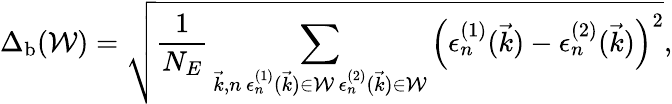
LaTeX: \Delta_{\mathrm{b}}(\mathcal{W})=\sqrt{\frac{1}{N_{E}}\sum_{\substack{\vec{k},n\, \epsilon_{n}^{(1)}(\vec{k})\in\mathcal{W}\, \epsilon_{n}^{(2)}(\vec{k})\in\mathcal{W}}}\left(\epsilon_{n}^{(1)}(\vec{k})-\epsilon_{n}^{(2)}(\vec{k})\right)^{2}},